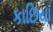
કાછિયા